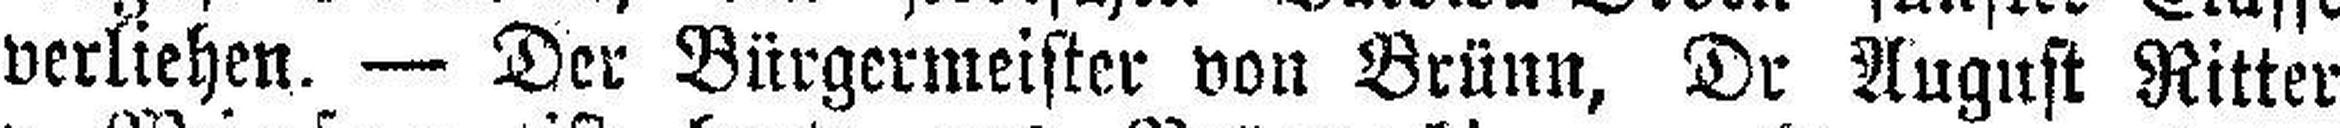
verliehen. — Der Bürgermeister von Brünn, Dr August Ritter